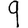
Digit: 9